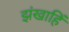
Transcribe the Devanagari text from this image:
झंखाहिं